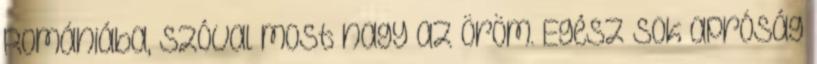
Romániába, szóval most nagy az öröm. Egész sok apróság